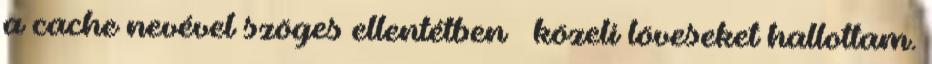
a cache nevével szöges ellentétben – közeli löveseket hallottam.